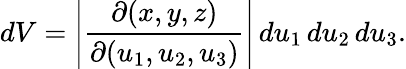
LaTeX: dV=\left|{\frac{\partial(x,y,z)}{\partial(u_{1},u_{2},u_{3})}}\right|\, du_{1}\, du_{2}\, du_{3}.